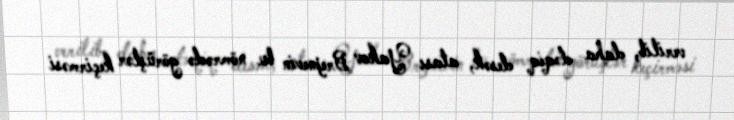
verilib, daha dəqiq desək, atası Yakov Brejnevin bu nömrədə görüşlər keçirməsi